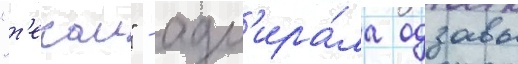
"т'екаи" - адм'ира́ла одзавы